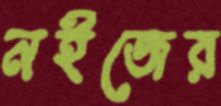
নইজের